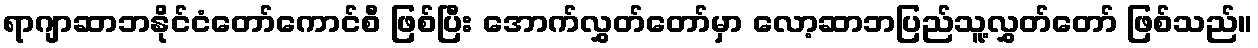
ရာဂျာဆာဘနိုင်ငံတော်ကောင်စီ ဖြစ်ပြီး အောက်လွှတ်တော်မှာ လော့ဆာဘပြည်သူ့လွှတ်တော် ဖြစ်သည်။